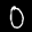
Label: 0